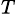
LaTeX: _T